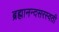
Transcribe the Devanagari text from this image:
ब्रह्मानन्दसरस्वती